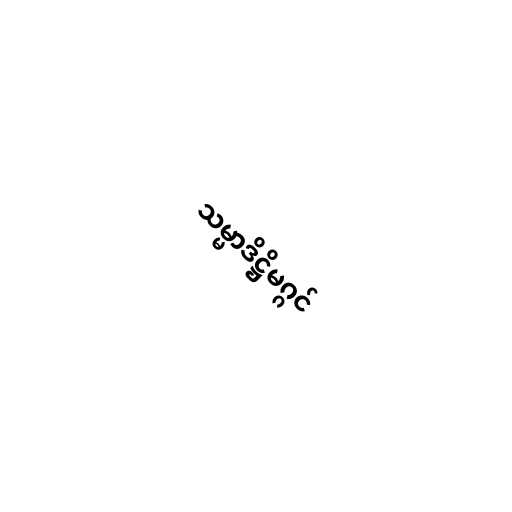
သမ္မာဒိဋ္ဌိမဂ္ဂင်